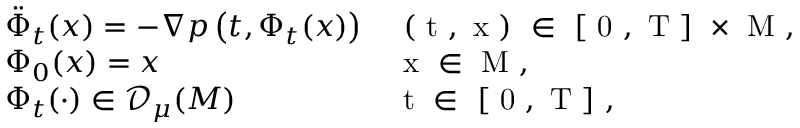
\begin{array} { l l } { \ddot { \Phi } _ { t } ( x ) = - \nabla p \left( t , \Phi _ { t } ( x ) \right) } & { \mathrm { ~ ( ~ t ~ , ~ x ~ ) ~ \in ~ [ ~ 0 ~ , ~ T ~ ] ~ \times ~ M ~ , ~ } } \\ { \Phi _ { 0 } ( x ) = x } & { \mathrm { ~ x ~ \in ~ M ~ , ~ } } \\ { \Phi _ { t } ( \cdot ) \in { \mathscr { D } _ { \mu } ( M ) } } & { \mathrm { ~ t ~ \in ~ [ ~ 0 ~ , ~ T ~ ] ~ , ~ } } \end{array}